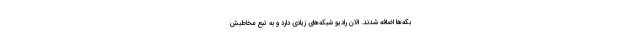
بکه‌ها اضافه شدند. الان رادیو شبکه‌های زیادی دارد و به تبع مخاطبش